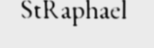
StRaphael